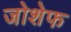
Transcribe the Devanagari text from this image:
जोशेफ